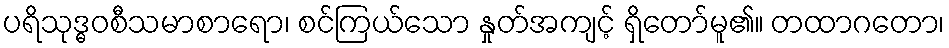
ပရိသုဒ္ဓဝစီသမာစာရော၊ စင်ကြယ်သော နှုတ်အကျင့် ရှိတော်မူ၏။ တထာဂတော၊